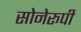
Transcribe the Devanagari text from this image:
सोनेरूपी